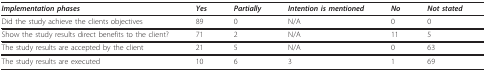
<table><thead><tr><td><b><i>Implementation phases</i></b></td><td><b><i>Yes</i></b></td><td><b><i>Partially</i></b></td><td><b><i>Intention is mentioned</i></b></td><td><b><i>No</i></b></td><td><b><i>Not stated</i></b></td></tr></thead><tbody><tr><td>Did the study achieve the clients objectives</td><td>89</td><td>0</td><td>N/A</td><td>0</td><td>0</td></tr><tr><td>Show the study results direct benefits to the client?</td><td>71</td><td>2</td><td>N/A</td><td>11</td><td>5</td></tr><tr><td>The study results are accepted by the client</td><td>21</td><td>5</td><td>N/A</td><td>0</td><td>63</td></tr><tr><td>The study results are executed</td><td>10</td><td>6</td><td>3</td><td>1</td><td>69</td></tr></tbody></table>